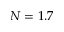
N = 1 . 7